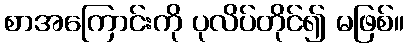
စာအကြောင်းကို ပုလိပ်တိုင်၍ မဖြစ်။